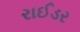
રાઈડર